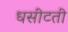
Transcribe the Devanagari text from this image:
धसीटती